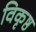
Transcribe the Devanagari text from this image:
विकृष्ठ